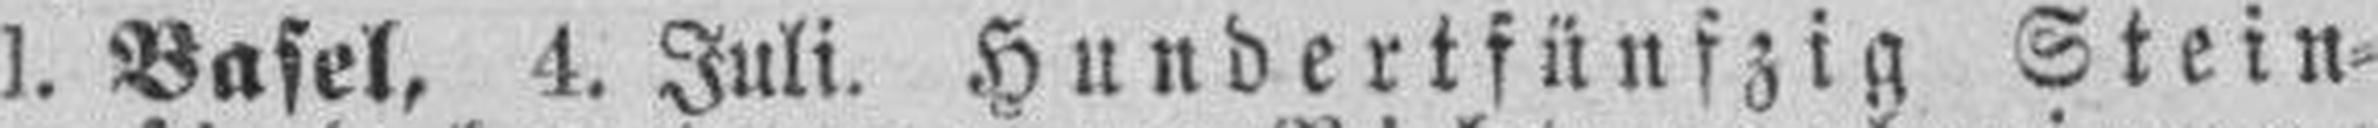
1. Basel, 4. Juli. Hundertfünfzig Stein¬